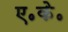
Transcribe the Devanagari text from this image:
ए॰के॰